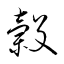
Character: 糓